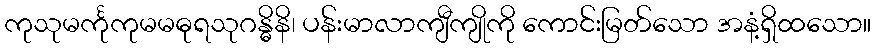
ကုသုမင်္ကုကုမမဓုရသုဂန္ဓိနိ၊ ပန်းမာလာကျီကျိုကို ကောင်းမြတ်သော အနံ့ရှိထသော။